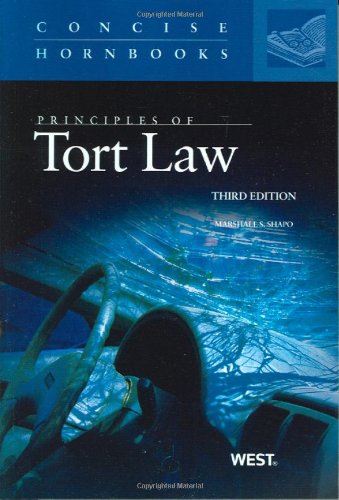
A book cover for Principles of Tort Law (Concise Hornbook Series); Marshall Shapo; Law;